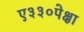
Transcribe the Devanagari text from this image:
ए३३०पेक्षा